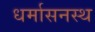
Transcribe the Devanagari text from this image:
धर्मासनस्थ